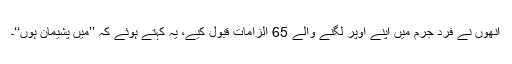
اُنھوں نے فرد جرم میں اپنے اوپر لگنے والے 65 الزامات قبول کیے، یہ کہتے ہوئے کہ ’’میں پشیمان ہوں‘‘۔